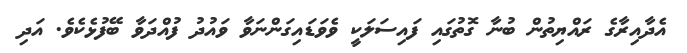
އެދާއިރާގެ ރައްޔިތުން ބުނާ ގޮތުގައި ފައިސަލަކީ ވެވަޑައިގަންނަވާ ވައުދު ފުއްދަވާ ބޭފުޅެކެވެ. އަދި